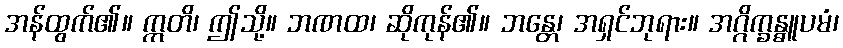
အန်ထွက်၏။ ဣတိ၊ ဤသို့။ ဘဏထ၊ ဆိုကုန်၏။ ဘန္တေ၊ အရှင်ဘုရား။ အဂ္ဂိက္ခန္ဓူပမံ၊